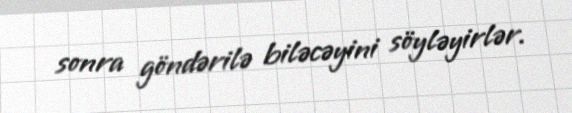
sonra göndərilə biləcəyini söyləyirlər.